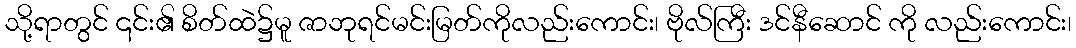
သို့ရာတွင် ၎င်း၏ စိတ်ထဲ၌မူ ဇာဘုရင်မင်းမြတ်ကိုလည်းကောင်း၊ ဗိုလ်ကြီး ဒင်နီဆောင် ကို လည်းကောင်း၊